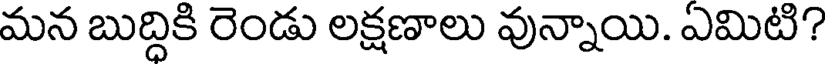
మన బుద్దికి రెండు లక్షణాలు వున్నాయి. ఎమిటి?